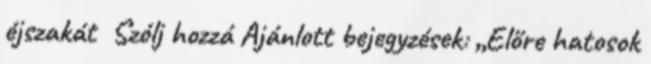
éjszakát Szólj hozzá Ajánlott bejegyzések: „Előre hatosok